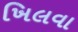
ખિલવા